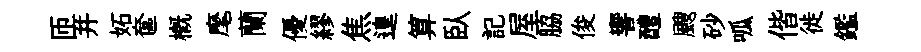
匝并妬奩概麾蘭優繆焦遑算臥記屋脇俊響醴颼砂呱偕徙鑑